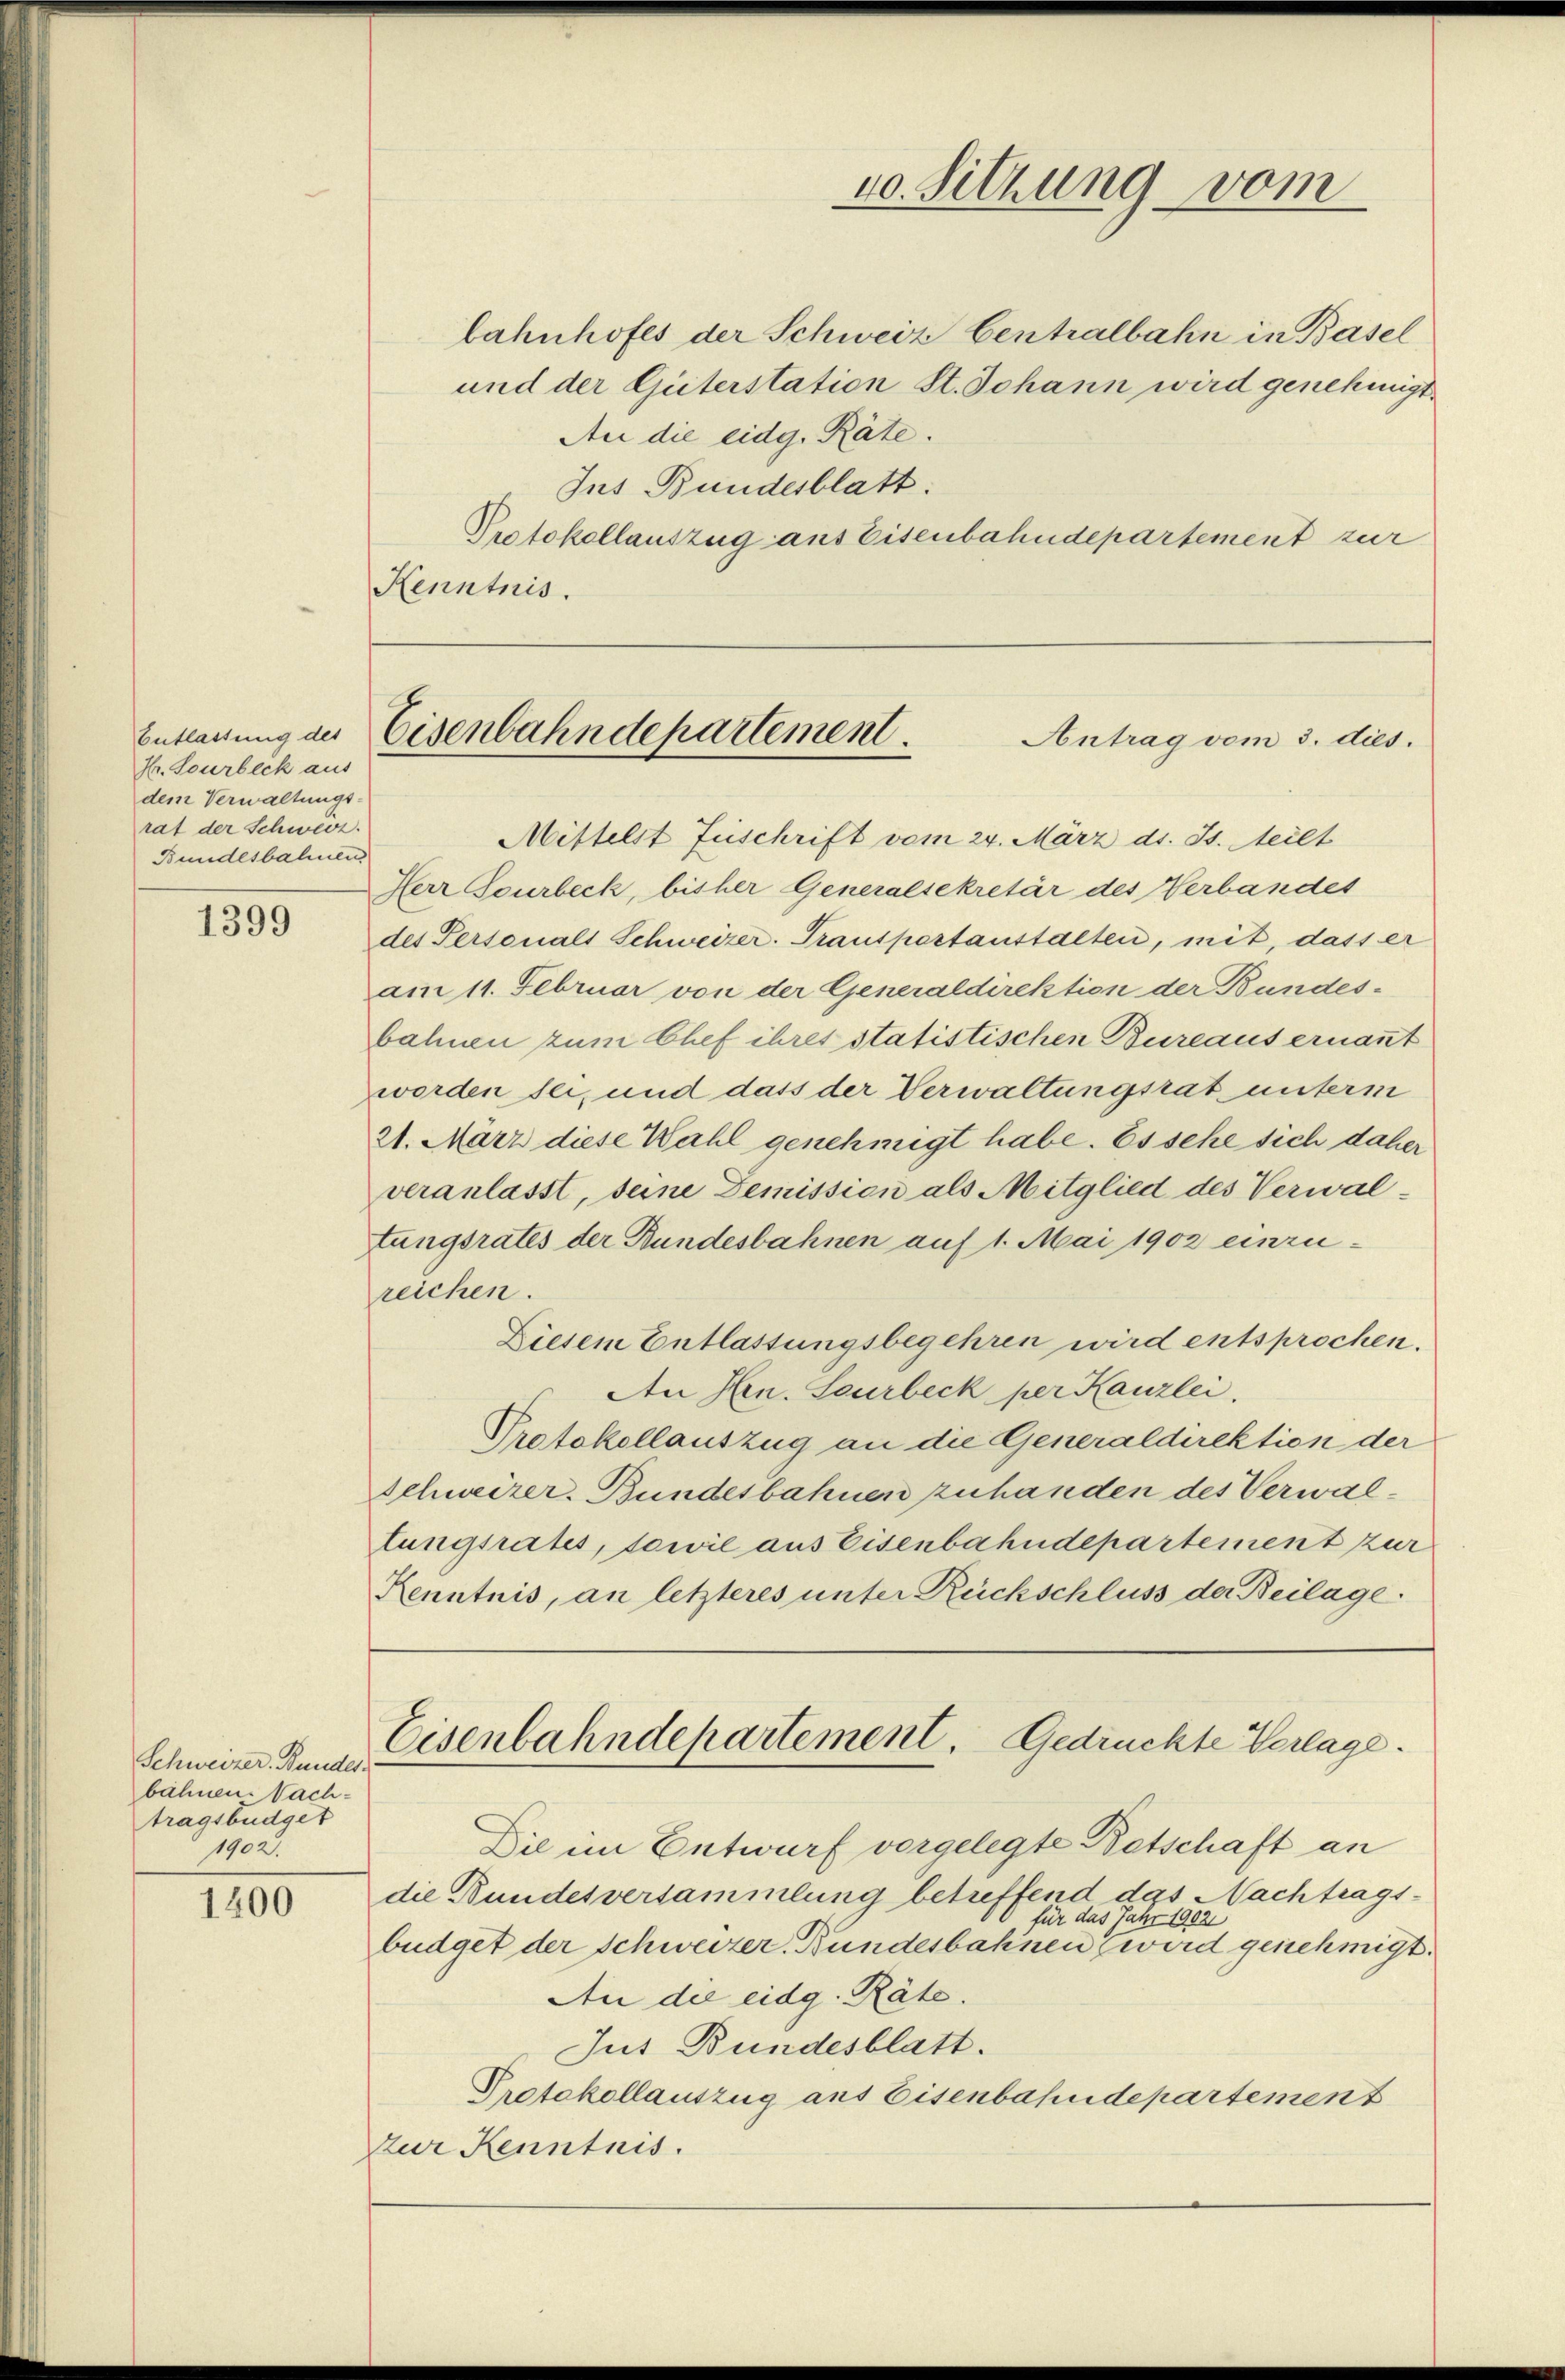
Entlassung des
Hr. Sourbeck aus
dem Verwaltungs-
rat der Schweiz.
Bundesbahnen

1399

Schweizer. Bunder.
bähnen. Nachtragsbüdget
1902.

1200

bahnhofes der Schweiz Centralbahn in Basel
und der Güterstation St. Johann wird genehmigt.
An die eidg. Räte.
Ins Bundesblatt.
Protokollauszug aus Eisenbahndepartement zur
Kenntnis.

10. Sitzung vom

Eisenbahndepartement.
Antrag vom 3. dies.

Mittelst Zuschrift vom 24. März d. Js. eilt
Herr Gourbeck, bisher Generalsekretär des Verbandes
des Personals Schweizer. Transportanstalten, mit, dass er
am 11. Februar von der Generaldirektion der Bundes-
bahnen zum Chef ihres statistischen Bureaus ernannt
worden sei, und dass der Verwaltungsrat unterm
A1. März diese Wahl genehmigt habe. Es sehe sich daher
veranlasst, seine Demission als Mitglied des Verwal-
tungsrates der Bundesbahnen auf 1. Mai 1902 einzu-
reichen.
Diesem Entlassungsbegehren wird entsprochen.
An Hrn. Leurbeck per Kanzlei.
Protokollauszug an die Generaldirektion der
Schweizer. Bundesbahnen zuhanden des Verwaltungsrates, sowie aus Eisenbahndepartement zur
Kenntnis, an letzteres unter Rückschluss der Beilage.
Eisenbahndepartement. Gedrückte Verlage.
Die im Entwurf vorgelegte Betschaft an
die Bundesversammlung betreffend das Nachtragsfür das Jahr 1902
büdget der Schweizer. Bundesbahnen wird genehmigt.
An die eidg. Räte.
Jus Bundesblatt.
Protokollauszug aus Eisenbahndepartement
zur Kenntnis.